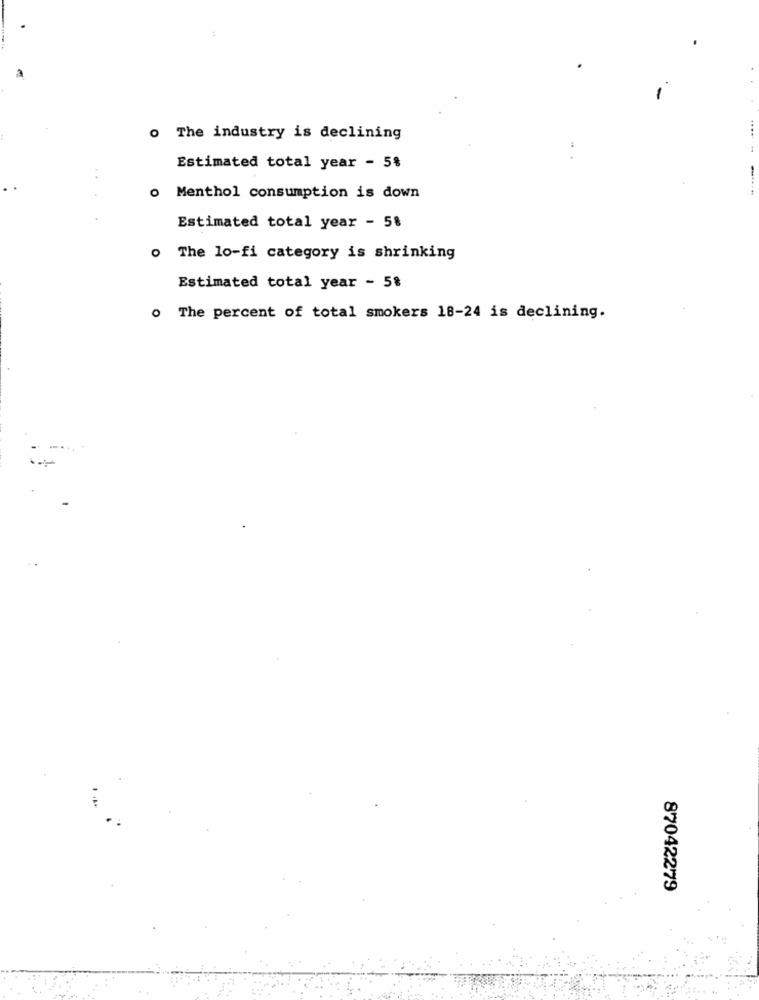
o The industry is declining
Estimated total year - 5%
o Menthol consumption is down
Estimated total year - 5%
o The lo-fi category is shrinking
Estimated total year - 5%
. The percent of total smokers 18-24 is declining.
87042279